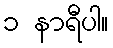
၁ နာရီပါ။